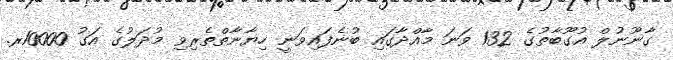
ގާނޫނުލް އުގޫބާތުގެ 132 ވަނަ މާއްދާގައި ބުނެފައިވަނީ ހިޔާނާތްތެރިވި މުދަލުގެ އަގު 10000ރ.